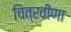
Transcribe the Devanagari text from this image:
चित्रवीणा